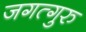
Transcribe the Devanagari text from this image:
जगत्गुरु